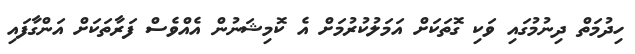
ހިދުމަތް ދިނުމުގައި ވަކި ގޮތަކަށް އަމަލުކުރުމަށް އެ ކޮމިޝަނުން އެއްވެސް ފަރާތަކަށް އަންގާފައި